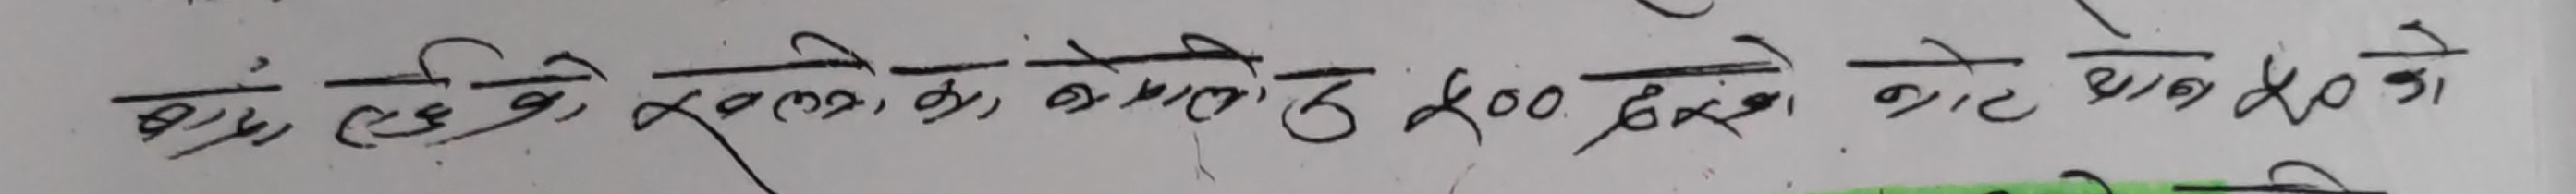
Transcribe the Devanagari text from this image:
चार लछिको खलका कमीले रु 500 दिएको नोट धन 80 को